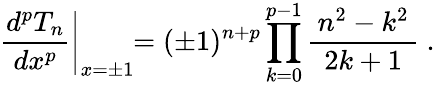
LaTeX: \left.{\frac{d^{p}T_{n}}{dx^{p}}}\right|_{x=\pm 1}\! \! =(\pm 1)^{n+p}\prod_{k=0}^{p-1}{\frac{\, n^{2}-k^{2}\, }{2k+1}}~.